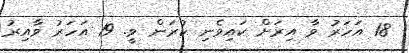
18 އަހަރު ވާ އިރަށް ކައިވެނި ކުރަން ވީ. 19 އަހަރު ވާއިރު